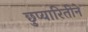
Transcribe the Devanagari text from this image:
छुप्यारितीने